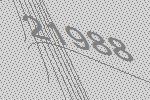
21988